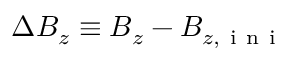
\Delta B _ { z } \equiv B _ { z } - B _ { z , \mathrm { ~ i ~ n ~ i ~ } }